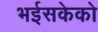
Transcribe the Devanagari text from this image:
भईसकेको